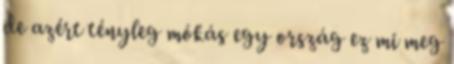
de azért tényleg mókás egy ország ez mi meg